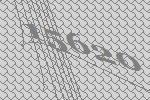
15620